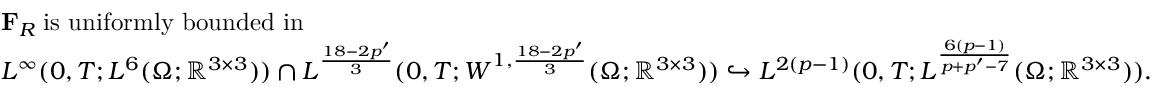
\begin{array} { r l } & { \mathbf { F } _ { R } \; \mathrm { i s ~ u n i f o r m l y ~ b o u n d e d ~ i n } \; } \\ & { L ^ { \infty } ( 0 , T ; L ^ { 6 } ( \Omega ; \mathbb { R } ^ { 3 \times 3 } ) ) \cap L ^ { \frac { 1 8 - 2 p ^ { \prime } } { 3 } } ( 0 , T ; W ^ { 1 , \frac { 1 8 - 2 p ^ { \prime } } { 3 } } ( \Omega ; \mathbb { R } ^ { 3 \times 3 } ) ) \hookrightarrow L ^ { 2 ( p - 1 ) } ( 0 , T ; L ^ { \frac { 6 ( p - 1 ) } { p + p ^ { \prime } - 7 } } ( \Omega ; \mathbb { R } ^ { 3 \times 3 } ) ) . } \end{array}